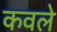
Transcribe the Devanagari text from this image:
कवले